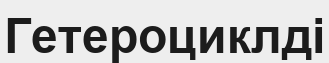
Гетероциклді